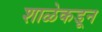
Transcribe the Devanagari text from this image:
शाळेकडून